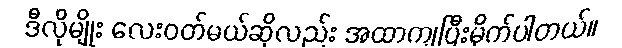
ဒီလိုမျိုး လေးဝတ်မယ်ဆိုလည်း အထာကျပြီးမိုက်ပါတယ်။